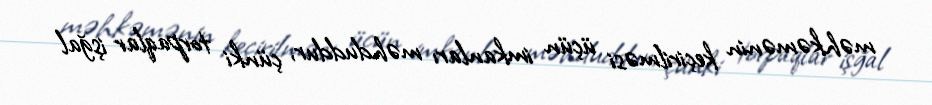
məhkəmənin keçirilməsi üçün imkanları məhduddur, çünki torpaqlar işğal